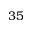
3 5